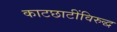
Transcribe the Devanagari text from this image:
काटछाटींविरुद्ध